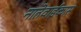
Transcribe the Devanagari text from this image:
नातेवाईकास